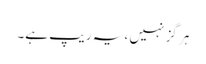
ہر گز نہیں ، یہ ریپ ہے۔